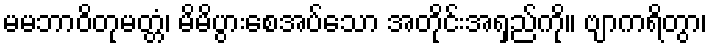
မမဘာဝိတုမတ္တံ၊ မိမိပွားစေအပ်သော အတိုင်းအရှည်ကို။ ဗျာကရိတွာ၊